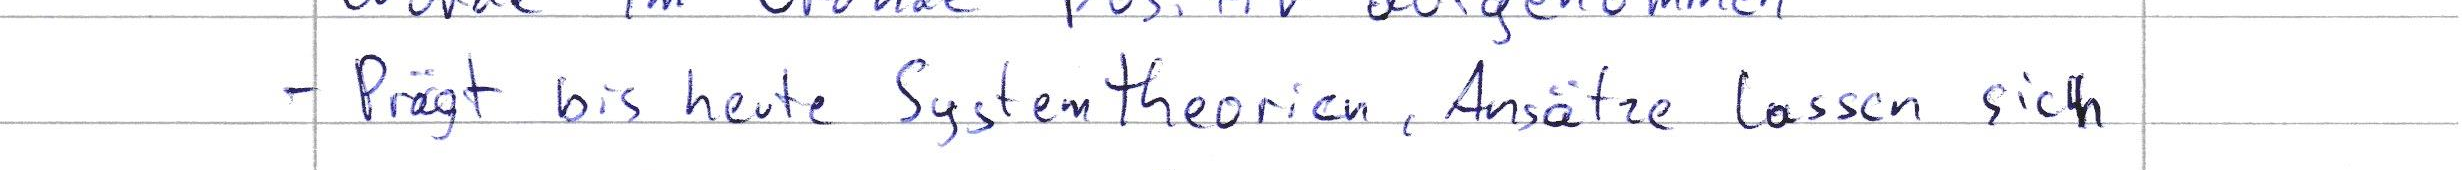
- Prägt bis heute Systemtheorien, Ansätze lassen sich